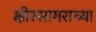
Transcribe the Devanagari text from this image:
क्षीरसागराच्या